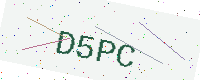
Text: D5PC